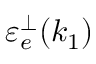
\mathinner { \varepsilon _ { e } ^ { \perp } \mathopen { \left( k _ { 1 } \right) } }